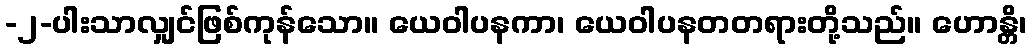
-၂-ပါးသာလျှင်ဖြစ်ကုန်သော။ ယေဝါပနကာ၊ ယေဝါပနတတရားတို့သည်။ ဟောန္တိ၊